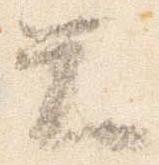
テ